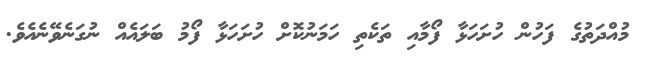
މުއްދަތުގެ ފަހުން ހުށަހަޅާ ފޯމާއި ތަކެތި ހަމަނުކޮށް ހުށަހަޅާ ފޯމު ބަލައެއް ނުގަނެވޭނެއެވެ.